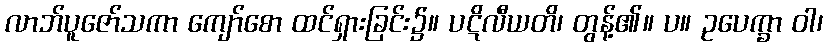
လာဘ်ပူဇော်သကာ ကျော်စော ထင်ရှားခြင်း၌။ ပဋိလီယတိ၊ တွန့်၏။ ပ။ ဥပေက္ခာ ဝါ၊